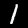
Label: 1